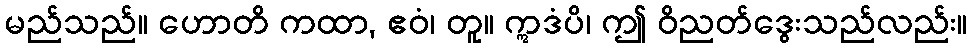
မည်သည်။ ဟောတိ ကထာ, ဧဝံ၊ တူ။ ဣဒံပိ၊ ဤ ဝိညတ်ဒွေးသည်လည်း။